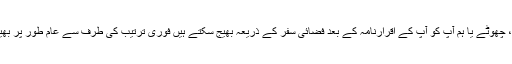
سمندر، چھوٹے یا ہم آپ کو آپ کے اقرارنامہ کے بعد فضائی سفر کے ذریعہ بھیج سکتے ہیں فوری ترتیب کی طرف سے عام طور پر بھیج دیا ۔